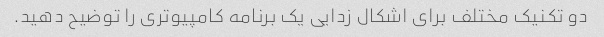
دو تکنیک مختلف برای اشکال زدایی یک برنامه کامپیوتری را توضیح دهید.